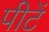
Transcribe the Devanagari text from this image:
पीटें